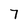
Character: 7